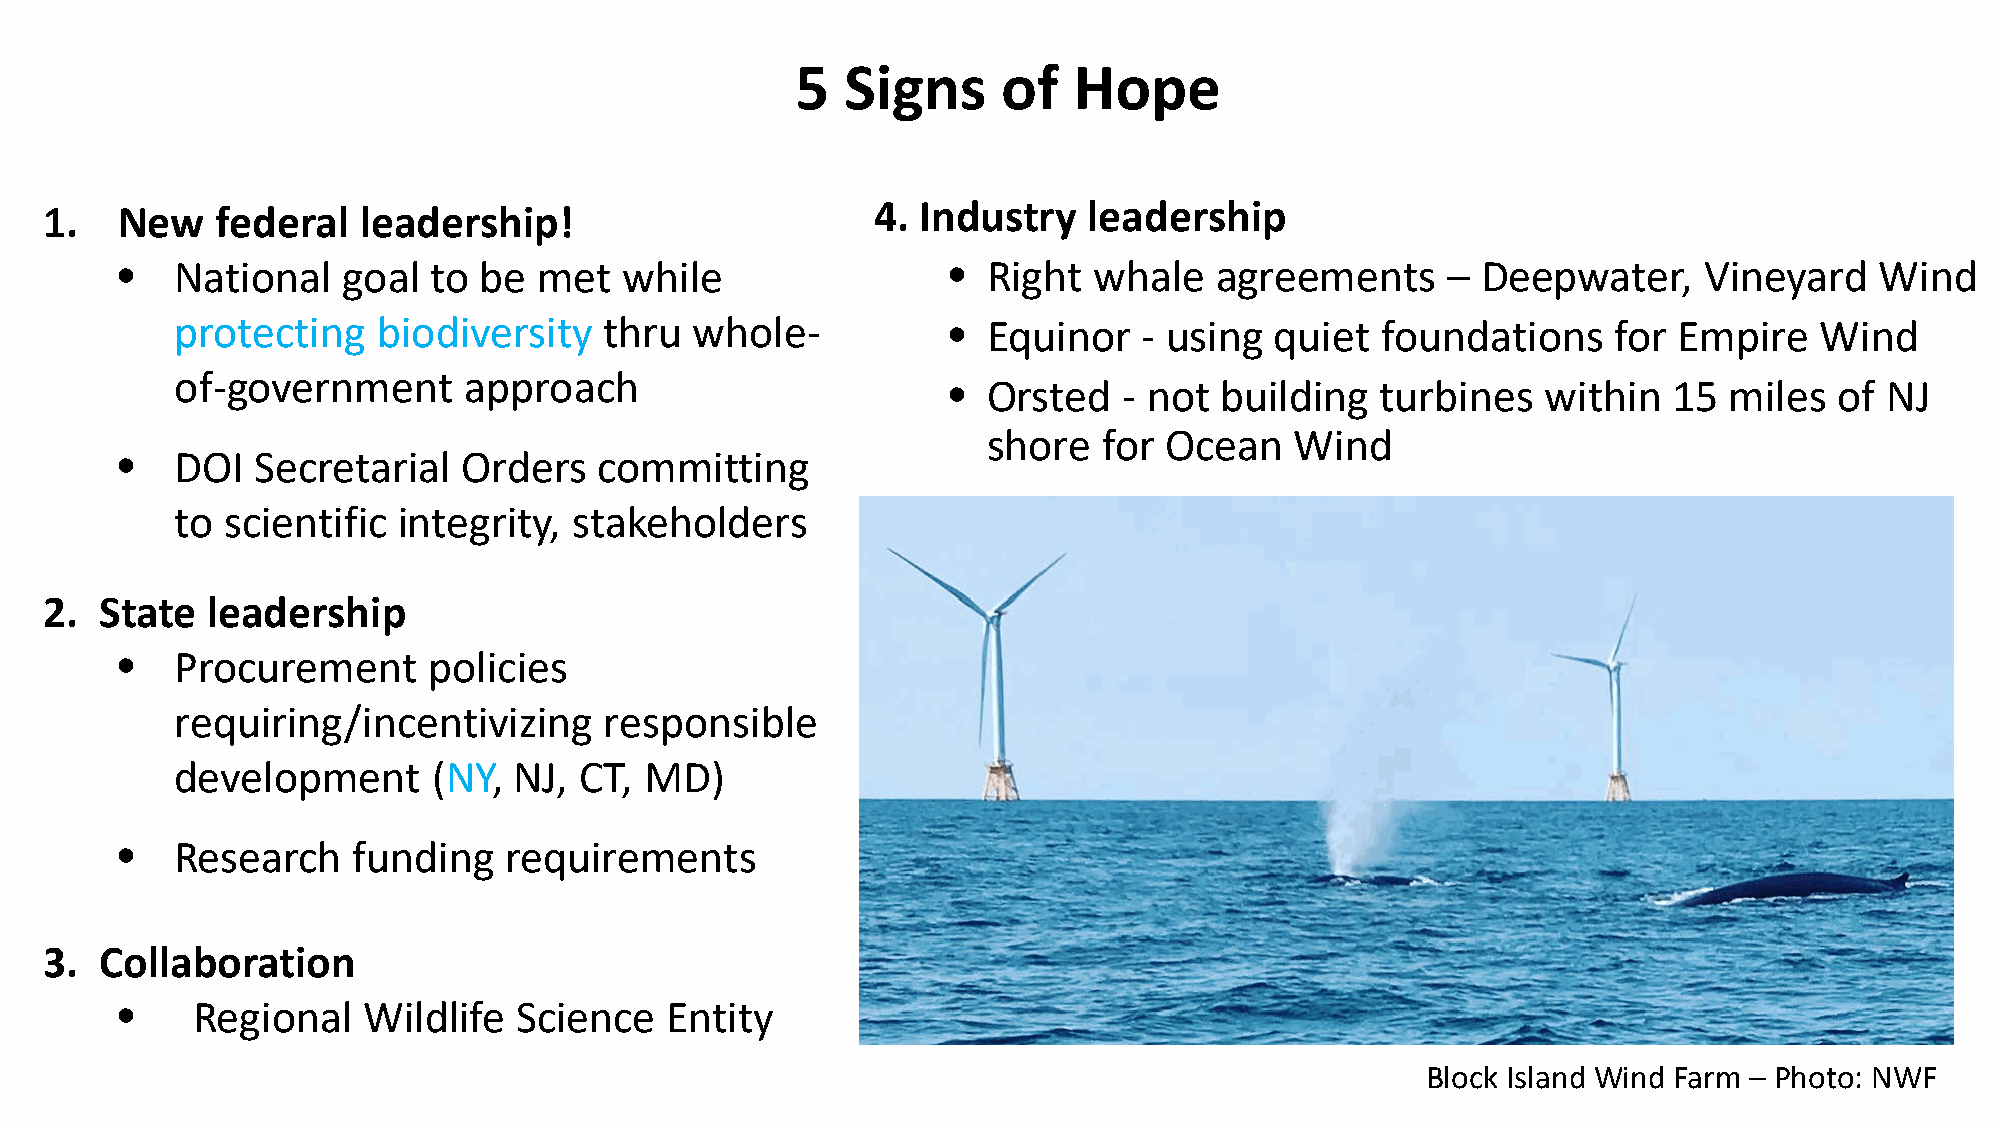
5  Signs     of   Hope
 1.   New   federal   leadership!                       4. Industry   leadership
 •   National   goal to  be  met  while                 • Right  whale   agreements      – Deepwater,     Vineyard   Wind
 protecting   biodiversity   thru  whole-           • Equinor    - using quiet  foundations     for Empire   Wind
 of-government      approach
 • Orsted   - not  building  turbines   within   15 miles   of NJ
 shore   for Ocean    Wind
 •   DOI  Secretarial   Orders   committing
 to scientific integrity,  stakeholders
 2.  State  leadership
 •   Procurement     policies
 requiring/incentivizing     responsible
 development      (NY, NJ, CT,  MD)
 •   Research   funding   requirements
 3.  Collaboration
 •    Regional   Wildlife  Science   Entity
 Block Island Wind Farm – Photo: NWF